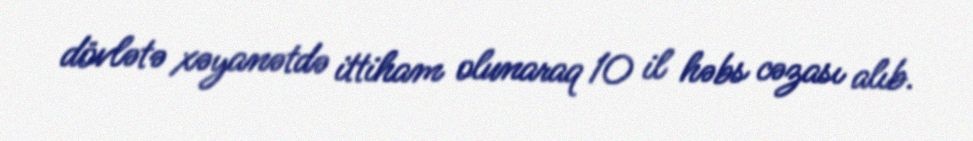
dövlətə xəyanətdə ittiham olunaraq 10 il həbs cəzası alıb.